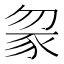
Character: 䝆